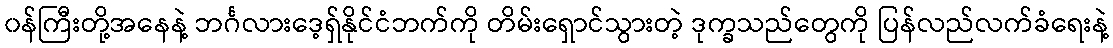
၀န်ကြီးတို့အနေနဲ့ ဘင်္ဂလားဒေ့ရှ်နိုင်ငံဘက်ကို တိမ်းရှောင်သွားတဲ့ ဒုက္ခသည်တွေကို ပြန်လည်လက်ခံရေးနဲ့